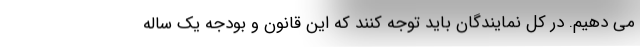
می دهیم. در کل نمایندگان باید توجه کنند که این قانون و بودجه یک ساله